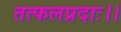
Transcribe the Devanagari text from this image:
तत्फलप्रदाः।।